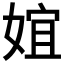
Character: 𡝮